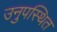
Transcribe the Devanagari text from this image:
उनुपस्थित